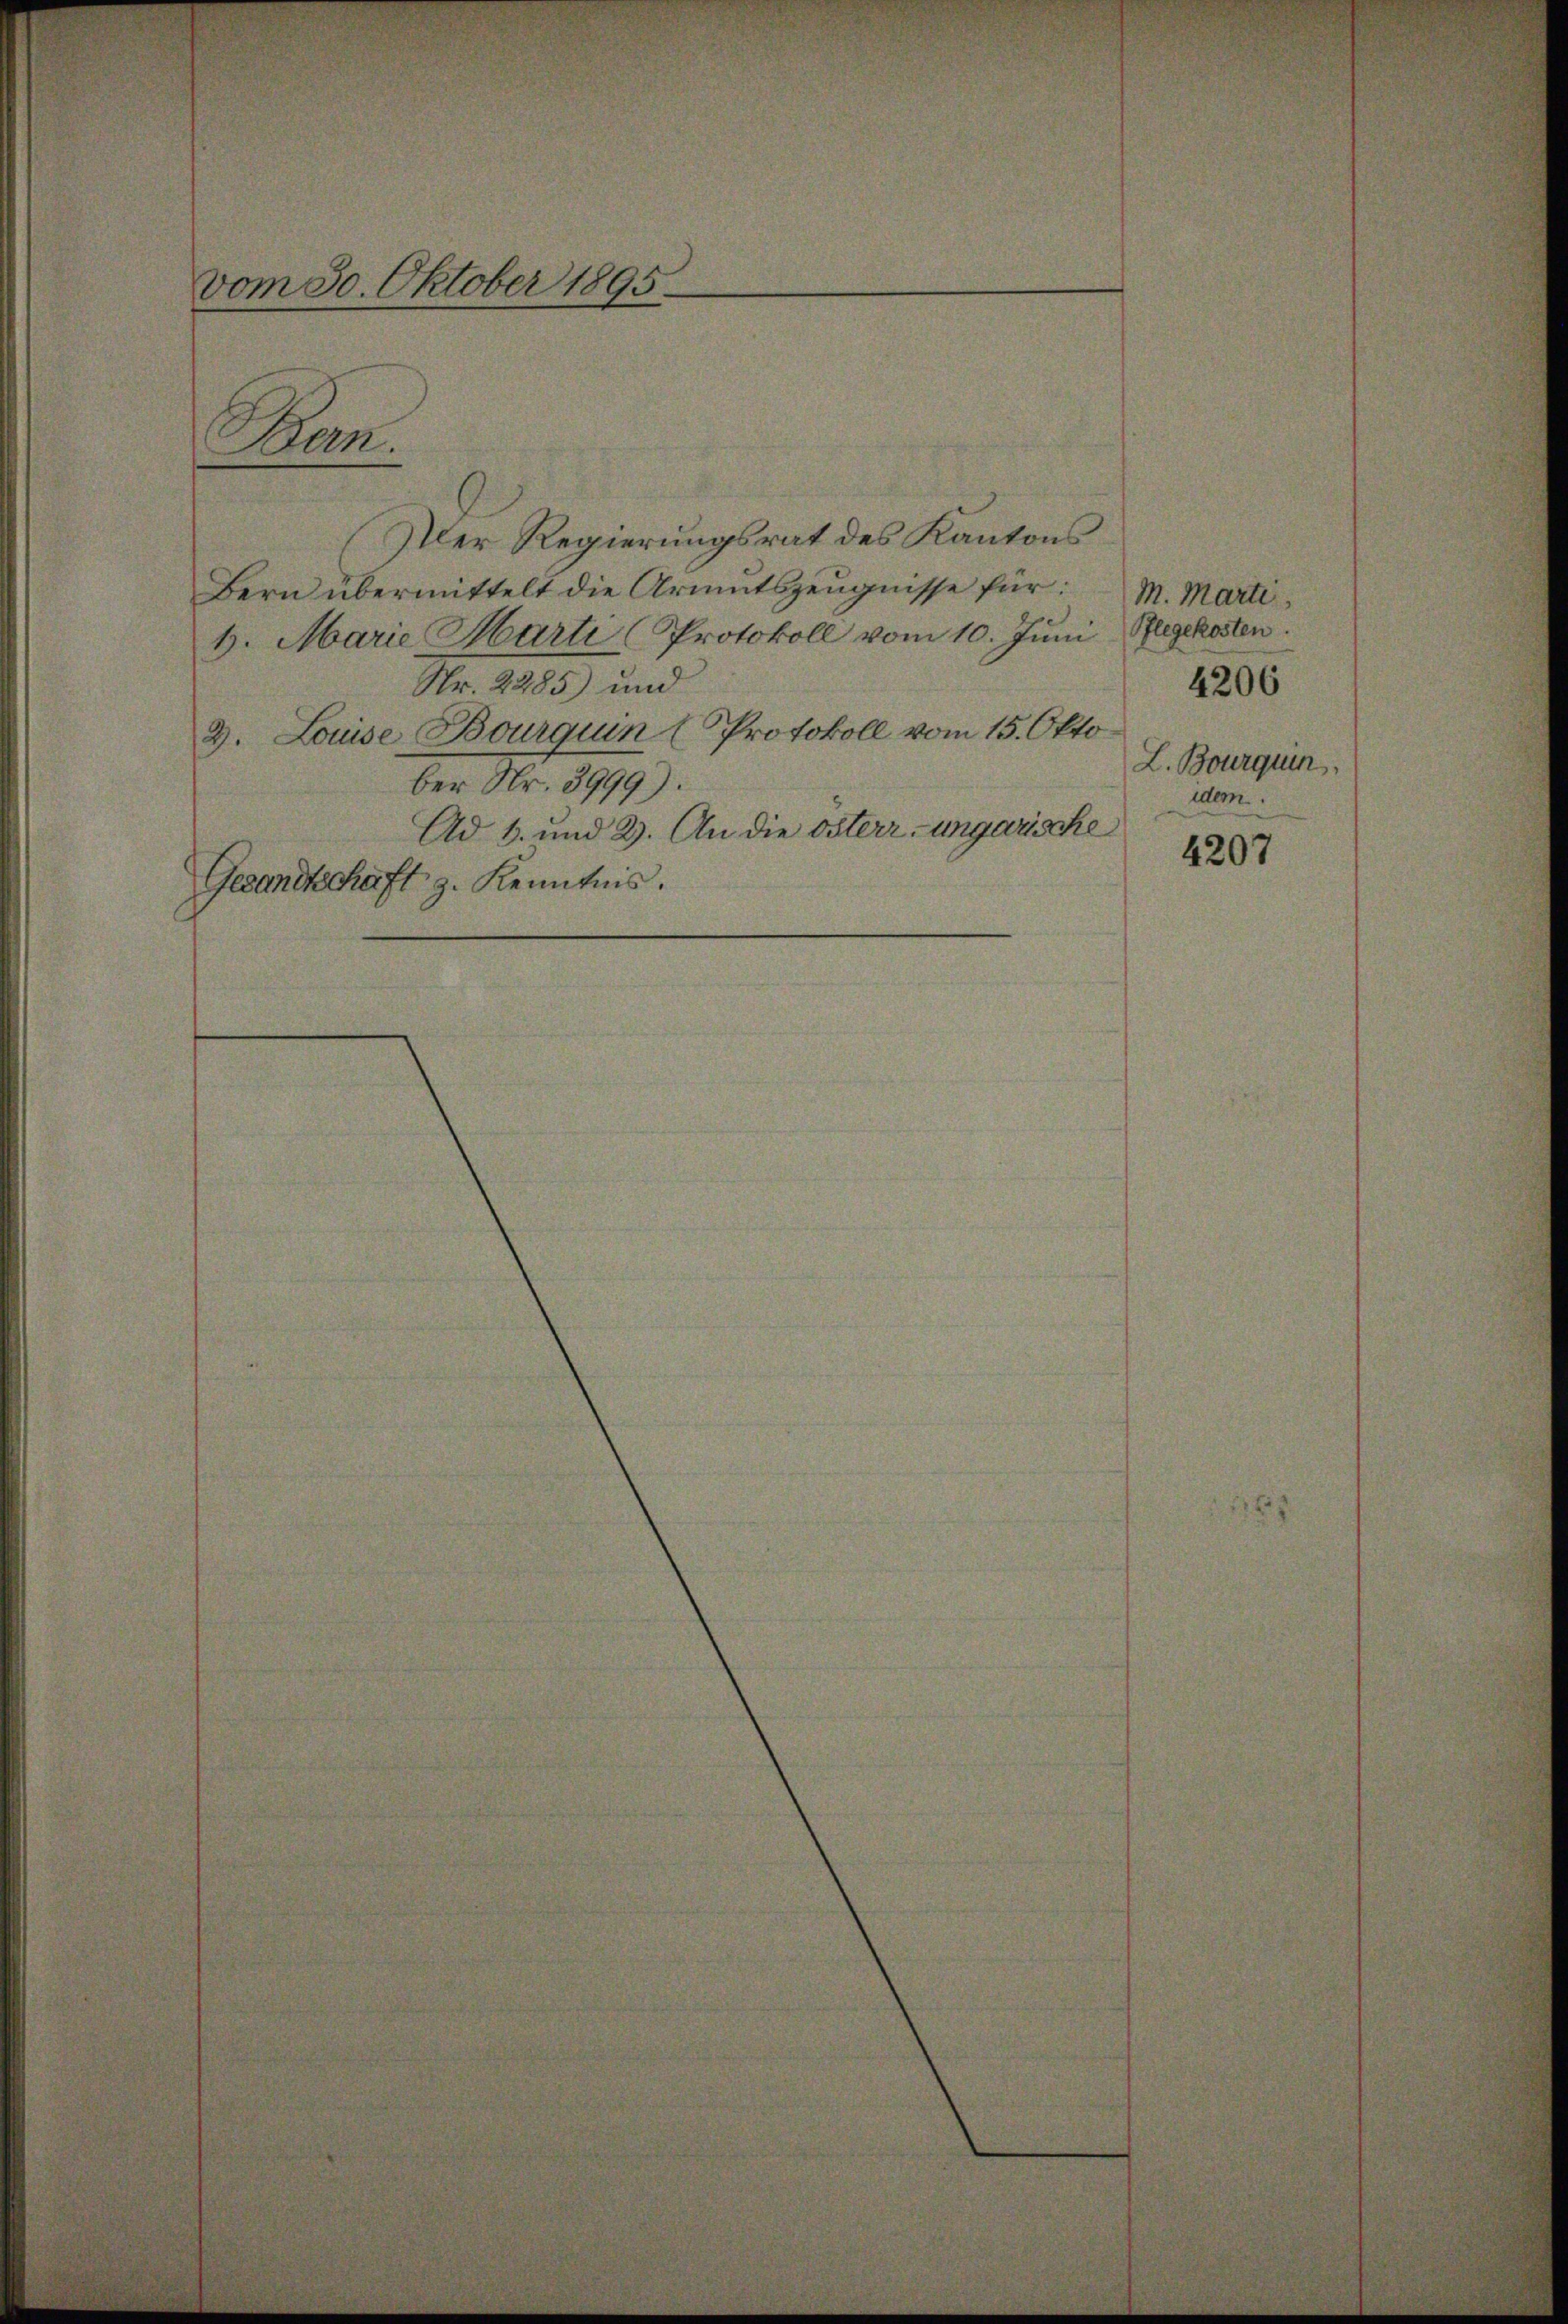
Der Regierungsrat des Kantons
Bern übermittelt die Armutszeugnisse für: M. Marti,
4. Marie Marti (Protokoll vom 10. Juni legekosten.
4206
Nr. 2285) und
2. Louise Bourquin (Protokoll vom 15. Okto¬
L. Bourquin
ber Nr. 3999).
idem
Ad 1. und 2. An die Osterr-ungarische
4207
Gesandtschaft z. Kenntnis.

Bern.

vom 30. Oktober 1895.